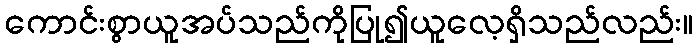
ကောင်းစွာယူအပ်သည်ကိုပြု၍ယူလေ့ရှိသည်လည်း။